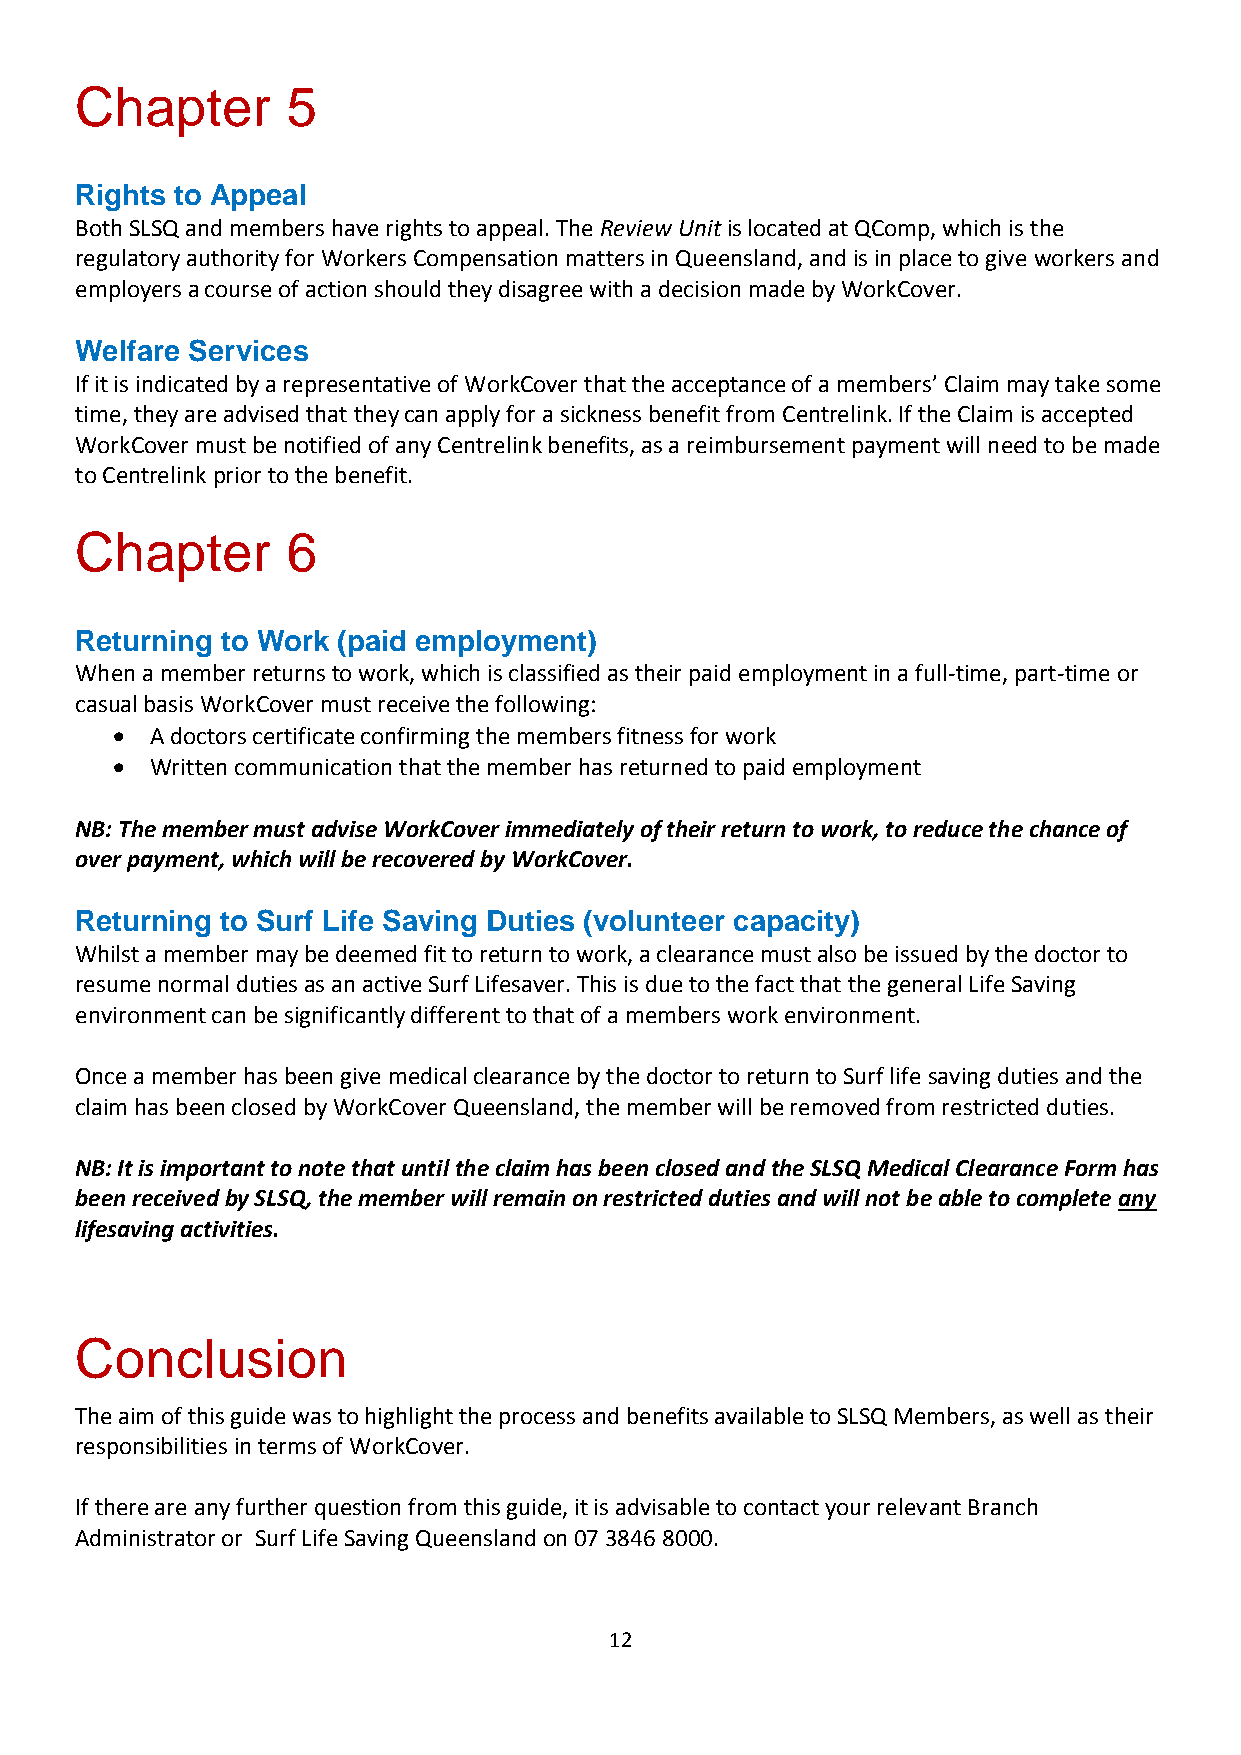
Chapter       5
 Rights to Appeal
 Both SLSQ and members have rights to appeal. The Review Unit is located at QComp, which is the
 regulatory authority for Workers Compensation matters in Queensland, and is in place to give workers and
 employers a course of action should they disagree with a decision made by WorkCover.
 Welfare Services
 If it is indicated by a representative of WorkCover that the acceptance of a members’ Claim may take some
 time, they are advised that they can apply for a sickness benefit from Centrelink. If the Claim is accepted
 WorkCover must be notified of any Centrelink benefits, as a reimbursement payment will need to be made
 to Centrelink prior to the benefit.
 Chapter       6
 Returning to Work (paid employment)
 When a member returns to work, which is classified as their paid employment in a full-time, part-time or
 casual basis WorkCover must receive the following:
   A doctors certificate confirming the members fitness for work
   Written communication that the member has returned to paid employment
 NB: The member must advise WorkCover immediately of their return to work, to reduce the chance of
 over payment, which will be recovered by WorkCover.
 Returning to Surf Life Saving Duties (volunteer capacity)
 Whilst a member may be deemed fit to return to work, a clearance must also be issued by the doctor to
 resume normal duties as an active Surf Lifesaver. This is due to the fact that the general Life Saving
 environment can be significantly different to that of a members work environment.
 Once a member has been give medical clearance by the doctor to return to Surf life saving duties and the
 claim has been closed by WorkCover Queensland, the member will be removed from restricted duties.
 NB: It is important to note that until the claim has been closed and the SLSQ Medical Clearance Form has
 been received by SLSQ, the member will remain on restricted duties and will not be able to complete any
 lifesaving activities.
 Conclusion
 The aim of this guide was to highlight the process and benefits available to SLSQ Members, as well as their
 responsibilities in terms of WorkCover.
 If there are any further question from this guide, it is advisable to contact your relevant Branch
 Administrator or Surf Life Saving Queensland on 07 3846 8000.
 12